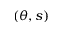
( \theta , s )